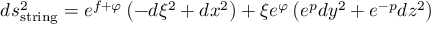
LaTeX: d s _ { \mathrm { s t r i n g } } ^ { 2 } = e ^ { f + \varphi } \left( - d \xi ^ { 2 } + d x ^ { 2 } \right) + \xi e ^ { \varphi } \left( e ^ { p } d y ^ { 2 } + e ^ { - p } d z ^ { 2 } \right)